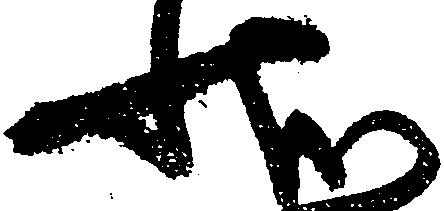
状